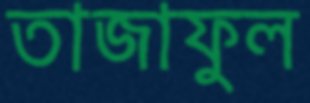
তাজাফুল